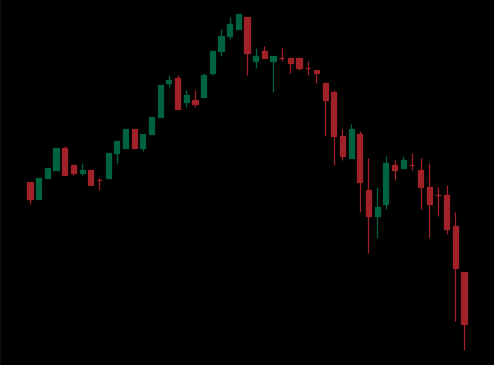
Pattern: head_shoulders